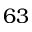
6 3